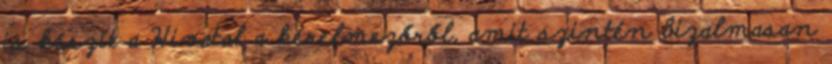
is készít a Hivatal a kérelmezőről, amit szintén bizalmasan